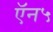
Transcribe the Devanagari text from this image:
ऍन५